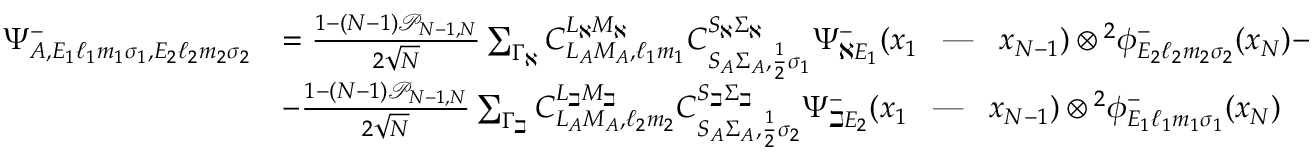
\begin{array} { r l } { \Psi _ { A , E _ { 1 } \ell _ { 1 } m _ { 1 } \sigma _ { 1 } , E _ { 2 } \ell _ { 2 } m _ { 2 } \sigma _ { 2 } } ^ { - } } & { = \frac { 1 - ( N - 1 ) \mathcal { P } _ { N - 1 , N } } { 2 \sqrt { N } } \sum _ { \Gamma _ { \aleph } } C _ { L _ { A } M _ { A } , \ell _ { 1 } m _ { 1 } } ^ { L _ { \aleph } M _ { \aleph } } C _ { S _ { A } \Sigma _ { A } , \frac { 1 } { 2 } \sigma _ { 1 } } ^ { S _ { \aleph } \Sigma _ { \aleph } } \Psi _ { \aleph E _ { 1 } } ^ { - } ( x _ { 1 } \textrm { \, --- \, } x _ { N - 1 } ) \otimes { ^ { 2 } \phi _ { E _ { 2 } \ell _ { 2 } m _ { 2 } \sigma _ { 2 } } ^ { - } } ( x _ { N } ) - } \\ & { - \frac { 1 - ( N - 1 ) \mathcal { P } _ { N - 1 , N } } { 2 \sqrt { N } } \sum _ { \Gamma _ { \beth } } C _ { L _ { A } M _ { A } , \ell _ { 2 } m _ { 2 } } ^ { L _ { \beth } M _ { \beth } } C _ { S _ { A } \Sigma _ { A } , \frac { 1 } { 2 } \sigma _ { 2 } } ^ { S _ { \beth } \Sigma _ { \beth } } \Psi _ { \beth E _ { 2 } } ^ { - } ( x _ { 1 } \textrm { \, --- \, } x _ { N - 1 } ) \otimes { ^ { 2 } \phi _ { E _ { 1 } \ell _ { 1 } m _ { 1 } \sigma _ { 1 } } ^ { - } } ( x _ { N } ) } \end{array}